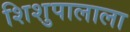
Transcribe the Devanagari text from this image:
शिशुपालाला